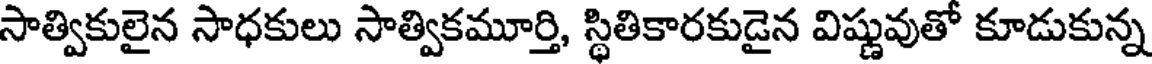
సాత్వికులైన సాధకులు సాత్వికమూర్తి, స్థితికారకుడైన విష్ణువుతో కూడుకున్న